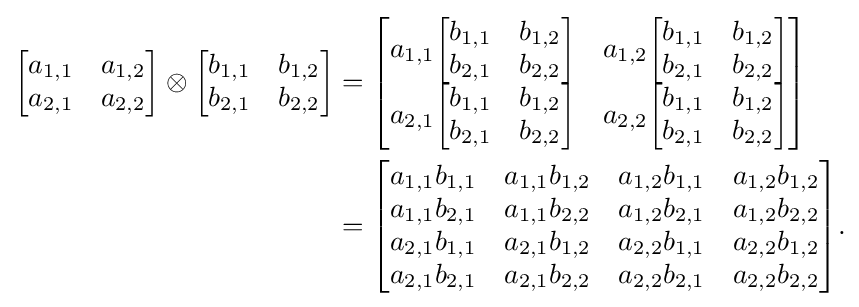
{\begin{aligned}{\begin{bmatrix}a_{1,1}&a_{1,2}\\a_{2,1}&a_{2,2}\\\end{bmatrix}}\otimes {\begin{bmatrix}b_{1,1}&b_{1,2}\\b_{2,1}&b_{2,2}\\\end{bmatrix}}&={\begin{bmatrix}a_{1,1}{\begin{bmatrix}b_{1,1}&b_{1,2}\\b_{2,1}&b_{2,2}\\\end{bmatrix}}&a_{1,2}{\begin{bmatrix}b_{1,1}&b_{1,2}\\b_{2,1}&b_{2,2}\\\end{bmatrix}}\\[3pt]a_{2,1}{\begin{bmatrix}b_{1,1}&b_{1,2}\\b_{2,1}&b_{2,2}\\\end{bmatrix}}&a_{2,2}{\begin{bmatrix}b_{1,1}&b_{1,2}\\b_{2,1}&b_{2,2}\\\end{bmatrix}}\\\end{bmatrix}}\\&={\begin{bmatrix}a_{1,1}b_{1,1}&a_{1,1}b_{1,2}&a_{1,2}b_{1,1}&a_{1,2}b_{1,2}\\a_{1,1}b_{2,1}&a_{1,1}b_{2,2}&a_{1,2}b_{2,1}&a_{1,2}b_{2,2}\\a_{2,1}b_{1,1}&a_{2,1}b_{1,2}&a_{2,2}b_{1,1}&a_{2,2}b_{1,2}\\a_{2,1}b_{2,1}&a_{2,1}b_{2,2}&a_{2,2}b_{2,1}&a_{2,2}b_{2,2}\\\end{bmatrix}}.\end{aligned}}